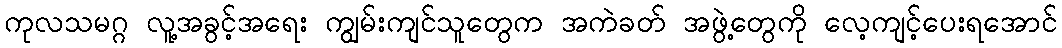
ကုလသမဂ္ဂ လူ့အခွင့်အရေး ကျွမ်းကျင်သူတွေက အကဲခတ် အဖွဲ့တွေကို လေ့ကျင့်ပေးရအောင်